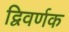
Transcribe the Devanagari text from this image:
द्विवर्णक